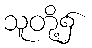
သူတို့၌